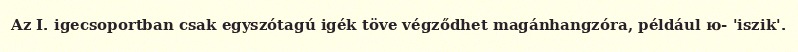
Az I. igecsoportban csak egyszótagú igék töve végződhet magánhangzóra, például ю- 'iszik'.